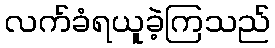
လက်ခံရယူခဲ့ကြသည်